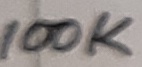
Text: 100K